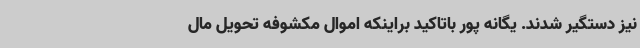
نیز دستگیر شدند. یگانه پور باتاکید براینکه اموال مکشوفه تحویل مال